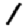
Digit: 1